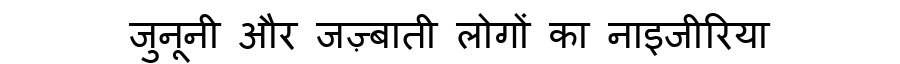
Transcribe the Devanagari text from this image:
जुनूनी और जज़्बाती लोगों का नाइजीरिया